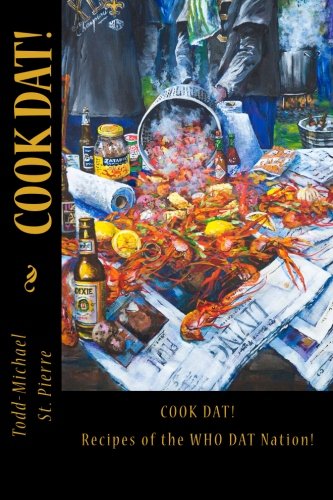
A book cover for Cook Dat!: Recipes of the WHO DAT Nation!; Todd-Michael St. Pierre; Cookbooks, Food & Wine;